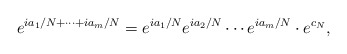
\begin{align*}e^{ia_1/N+\cdots +ia_m/N}=e^{ia_1/N}e^{ia_2/N}\cdots e^{ia_m/N}\cdot e^{c_N},\end{align*}